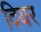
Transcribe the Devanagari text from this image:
दियर